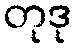
တုဒု